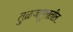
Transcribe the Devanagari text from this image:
तुळजापुरातील